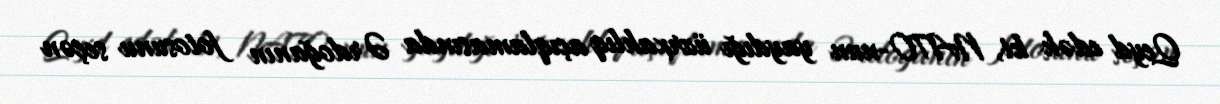
Qeyd edək ki, NATO-nun yaydığı üzrxahlıq açıqlamasında Ərdoğanın fotosunu seçən